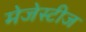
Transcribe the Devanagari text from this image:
मेजेस्टीज